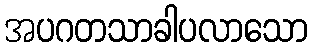
အပဂတသာခါပလာသော